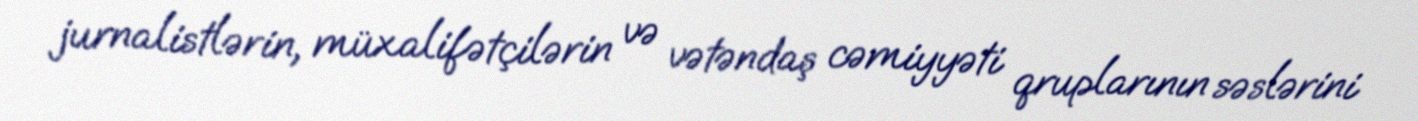
jurnalistlərin, müxalifətçilərin və vətəndaş cəmiyyəti qruplarının səslərini